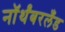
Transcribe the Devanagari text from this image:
नॉर्थंबरलँड